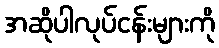
အဆိုပါလုပ်ငန်းများကို